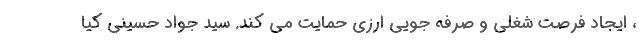
، ایجاد فرصت شغلی و صرفه جویی ارزی حمایت می کند. سید جواد حسینی کیا